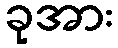
ခုအား